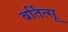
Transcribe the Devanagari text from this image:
बर्तित्सू